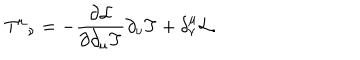
T ^ { \mu } { } _ { \nu } = - { \frac { \partial { \cal L } } { \partial \partial _ { \mu } T } } \partial _ { \nu } T + \delta _ { \nu } ^ { \mu } { \cal L } .